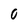
Character: 0